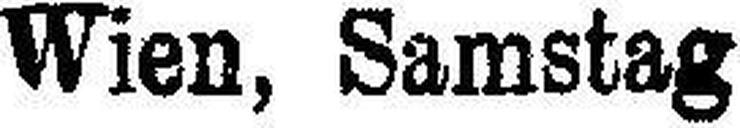
Wien, Samstag